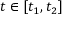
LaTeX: t \in [ t _ { 1 } , t _ { 2 } ]